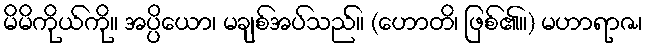
မိမိကိုယ်ကို။ အပ္ပိယော၊ မချစ်အပ်သည်။ (ဟောတိ၊ ဖြစ်၏။) မဟာရာဇ၊